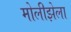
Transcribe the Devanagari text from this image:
मोलीझेला